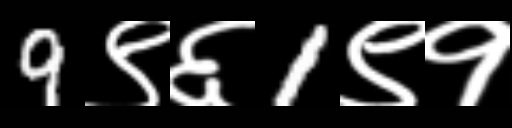
Text: 9९६1९१